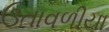
ઉતાવળીયા